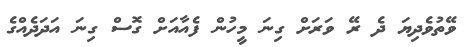
ވޭތުވެދިޔަ ދެ ރޭ ވަރަށް ގިނަ މީހުން ފެއާއަށް ގޮސް ގިނަ އަދަދެއްގެ